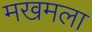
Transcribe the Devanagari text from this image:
मखमला